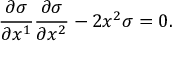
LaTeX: { \frac { \partial \sigma } { \partial x ^ { 1 } } } { \frac { \partial \sigma } { \partial x ^ { 2 } } } - 2 x ^ { 2 } \sigma = 0 .